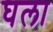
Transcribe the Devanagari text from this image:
घला